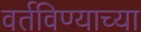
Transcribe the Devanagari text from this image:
वर्तविण्याच्या